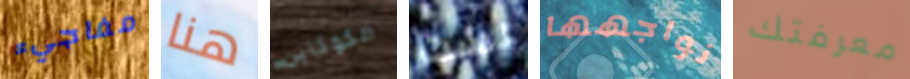
مفاجيء هنا الكوكاين لست نواجهها معرفتك